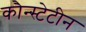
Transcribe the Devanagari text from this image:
कौन्स्टेटीन